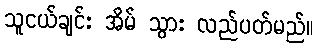
သူငယ်ချင်း အိမ် သွား လည်ပတ်မည်။